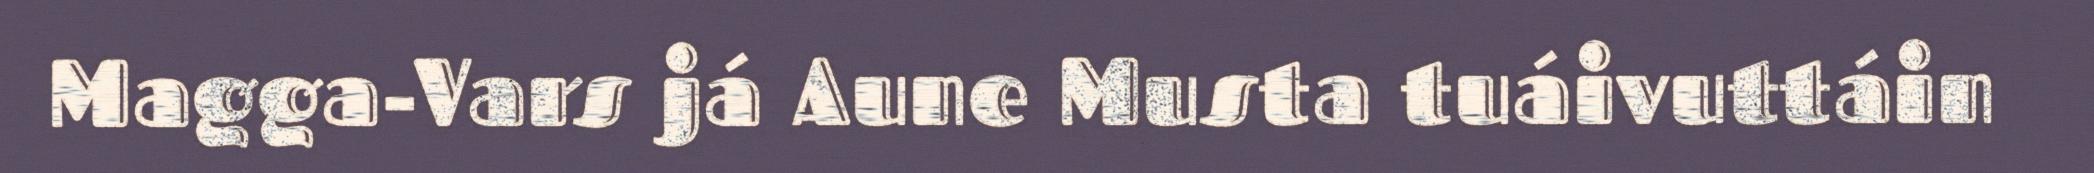
Magga-Vars já Aune Musta tuáivuttáin